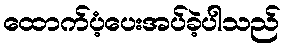
ထောက်ပံ့ပေးအပ်ခဲ့ပါသည်